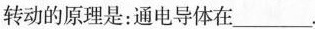
转动的原理是：通电导体在___